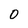
Character: 0